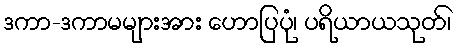
ဒကာ-ဒကာမများအား ဟောပြပုံ၊ ပရိယာယသုတ်၊